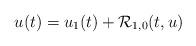
LaTeX: \begin{align*}u(t) = u_1(t) + \mathcal{R}_{1,0}(t,u)\end{align*}